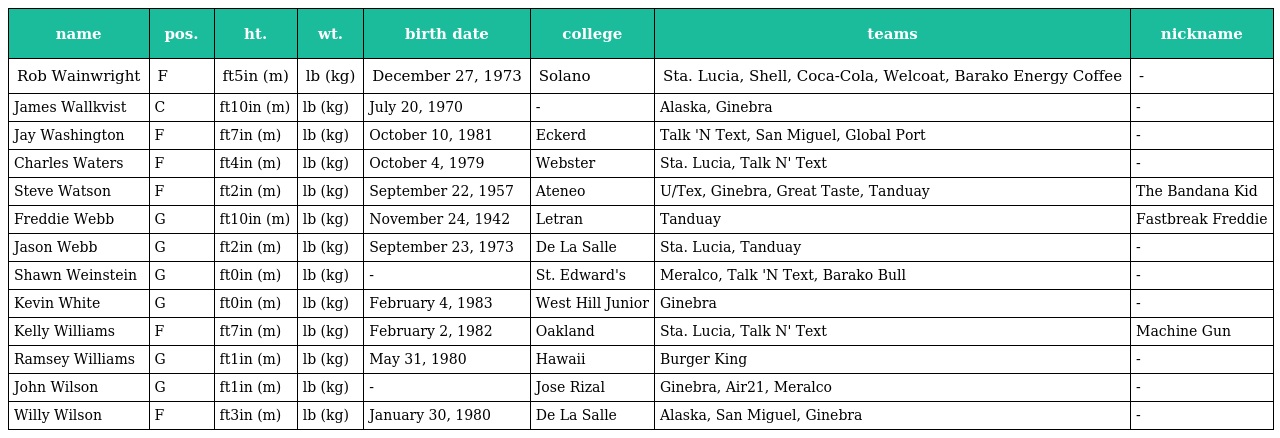
| name | pos. | ht. | wt. | birth date | college | teams | nickname |
 | --- | --- | --- | --- | --- | --- | --- | --- |
 | Rob Wainwright | F | ft5in (m) | lb (kg) | December 27, 1973 | Solano | Sta. Lucia, Shell, Coca-Cola, Welcoat, Barako Energy Coffee | - |
 | James Wallkvist | C | ft10in (m) | lb (kg) | July 20, 1970 | - | Alaska, Ginebra | - |
 | Jay Washington | F | ft7in (m) | lb (kg) | October 10, 1981 | Eckerd | Talk 'N Text, San Miguel, Global Port | - |
 | Charles Waters | F | ft4in (m) | lb (kg) | October 4, 1979 | Webster | Sta. Lucia, Talk N' Text | - |
 | Steve Watson | F | ft2in (m) | lb (kg) | September 22, 1957 | Ateneo | U/Tex, Ginebra, Great Taste, Tanduay | The Bandana Kid |
 | Freddie Webb | G | ft10in (m) | lb (kg) | November 24, 1942 | Letran | Tanduay | Fastbreak Freddie |
 | Jason Webb | G | ft2in (m) | lb (kg) | September 23, 1973 | De La Salle | Sta. Lucia, Tanduay | - |
 | Shawn Weinstein | G | ft0in (m) | lb (kg) | - | St. Edward's | Meralco, Talk 'N Text, Barako Bull | - |
 | Kevin White | G | ft0in (m) | lb (kg) | February 4, 1983 | West Hill Junior | Ginebra | - |
 | Kelly Williams | F | ft7in (m) | lb (kg) | February 2, 1982 | Oakland | Sta. Lucia, Talk N' Text | Machine Gun |
 | Ramsey Williams | G | ft1in (m) | lb (kg) | May 31, 1980 | Hawaii | Burger King | - |
 | John Wilson | G | ft1in (m) | lb (kg) | - | Jose Rizal | Ginebra, Air21, Meralco | - |
 | Willy Wilson | F | ft3in (m) | lb (kg) | January 30, 1980 | De La Salle | Alaska, San Miguel, Ginebra | - |